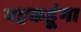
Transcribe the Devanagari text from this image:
यहकहूंगा